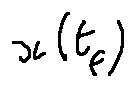
x ( t _ { f } )